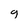
Character: g